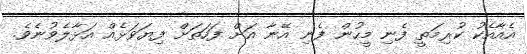
އެއާއެކު ކުރިމަތީ ފެނި މީހުން ފެނި އޭނާ އަށް ފަހަތަށް ފިޔަވަޅެއް އަޅާލެވުނެވެ.